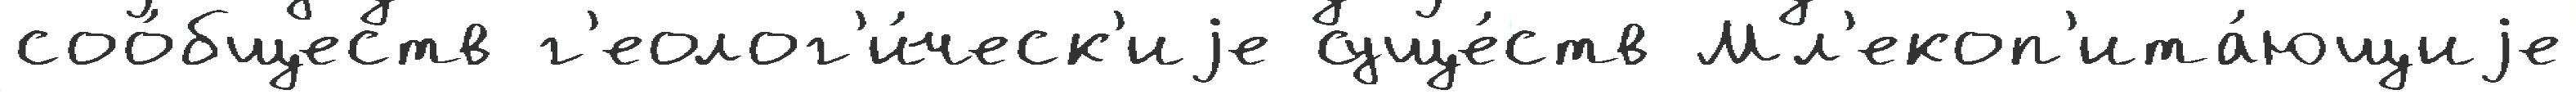
соо́бществ г'еолог'и́ческ'иjе суще́ств Мл'екоп'ита́ющиjе